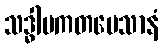
သဒ္ဓါပကတမေသာနံ